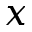
x